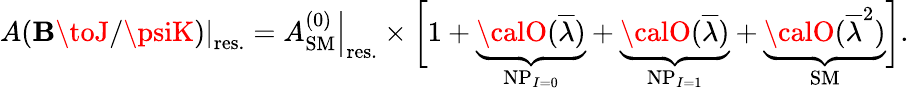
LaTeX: \left.A(\mathbf{B}\toJ/\psiK)\right|_{\mathrm{{res.}}}=\left.A_{\mathrm{{SM}}}^{(0)}\right|_{\mathrm{{res.}}}\times\biggl[1+\underbrace{{{\calO}(\overline{{{{\lambda}}}})}}_{\mathrm{{NP}}_{I=0}}+\underbrace{{{\calO}(\overline{{{{\lambda}}}})}}_{\mathrm{{NP}}_{I=1}}+\underbrace{{{\calO}(\overline{{{{\lambda}}}}^{2})}}_{\mathrm{{SM}}}\biggr].